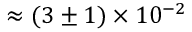
\approx ( 3 \pm 1 ) \times 1 0 ^ { - 2 }